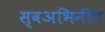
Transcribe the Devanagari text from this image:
स्वअभिनीत